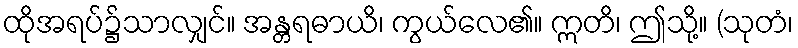
ထိုအရပ်၌သာလျှင်။ အန္တရဓာယိ၊ ကွယ်လေ၏။ ဣတိ၊ ဤသို့။ (သုတံ၊